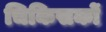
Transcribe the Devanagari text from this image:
चिकिसकों